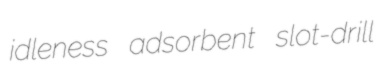
idleness adsorbent slot-drill